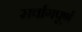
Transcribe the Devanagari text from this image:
सर्वागपूर्ण